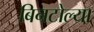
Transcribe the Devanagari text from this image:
बिनटोल्या